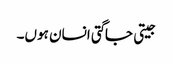
جیتی جاگتی انسان ہوں۔